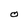
Character: O